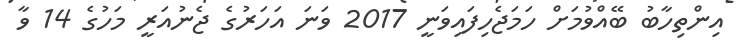
އިންތިހާބު ބޭއްވުމަށް ހަމަޖެހިފައިވަނީ 2017 ވަނަ އަހަރުގެ ޖެނުއަރީ މަހުގެ 14 ވާ